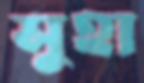
সুহা